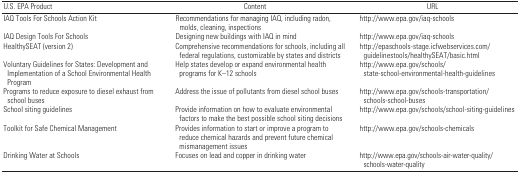
<table><thead><tr><td><b>U.S. EPA Product</b></td><td><b>Content </b></td><td><b>URL</b></td></tr></thead><tbody><tr><td><b>IAQ Tools For Schools Action Kit </b></td><td>Recommendations for managing IAQ, including radon, molds, cleaning, inspections</td><td>http://www.epa.gov/iaq-schools</td></tr><tr><td><b>IAQ Design Tools For Schools</b></td><td>Designing new buildings with IAQ in mind</td><td>http://www.epa.gov/iaq-schools</td></tr><tr><td><b>HealthySEAT (version 2) </b></td><td>Comprehensive recommendations for schools, including all federal regulations, customizable by states and districts</td><td>http://epaschools-stage.icfwebservices.com/guidelinestools/healthySEAT/basic.html</td></tr><tr><td><b>Voluntary Guidelines for States: Development and Implementation of a School Environmental Health Program </b></td><td>Help states develop or expand environmental health programs for K–12 schools</td><td>http://www.epa.gov/schools/state-school-environmental-health-guidelines</td></tr><tr><td><b>Programs to reduce exposure to diesel exhaust from school buses </b></td><td>Address the issue of pollutants from diesel school buses</td><td>http://www.epa.gov/schools-transportation/schools-school-buses</td></tr><tr><td><b>School siting guidelines</b></td><td>Provide information on how to evaluate environmental factors to make the best possible school siting decisions</td><td>http://www.epa.gov/schools/school-siting-guidelines</td></tr><tr><td><b>Toolkit for Safe Chemical Management</b></td><td>Provides information to start or improve a program to reduce chemical hazards and prevent future chemical mismanagement issues</td><td>http://www.epa.gov/schools-chemicals </td></tr><tr><td><b>Drinking Water at Schools</b></td><td>Focuses on lead and copper in drinking water</td><td>http://www.epa.gov/schools-air-water-quality/schools-water-quality </td></tr></tbody></table>